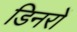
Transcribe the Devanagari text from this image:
डिनरों